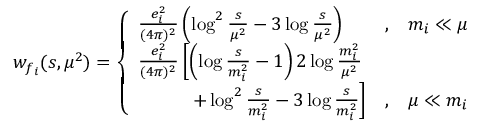
w _ { f _ { i } } ( s , \mu ^ { 2 } ) = \left\{ \begin{array} { l c } { { \frac { e _ { i } ^ { 2 } } { ( 4 \pi ) ^ { 2 } } \left( \log ^ { 2 } \frac { s } { \mu ^ { 2 } } - 3 \log \frac { s } { \mu ^ { 2 } } \right) } } & { { , \; \; \; m _ { i } \ll \mu } } \\ { { \frac { e _ { i } ^ { 2 } } { ( 4 \pi ) ^ { 2 } } \left[ \left( \log \frac { s } { m _ { i } ^ { 2 } } - 1 \right) 2 \log \frac { m _ { i } ^ { 2 } } { \mu ^ { 2 } } \right. } } \\ { { \left. \; \; \; \; \; \; \; \; \; \; + \log ^ { 2 } \frac { s } { m _ { i } ^ { 2 } } - 3 \log \frac { s } { m _ { i } ^ { 2 } } \right] } } & { { , \; \; \; \mu \ll m _ { i } } } \end{array} \right.